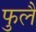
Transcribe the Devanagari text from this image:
फुलै